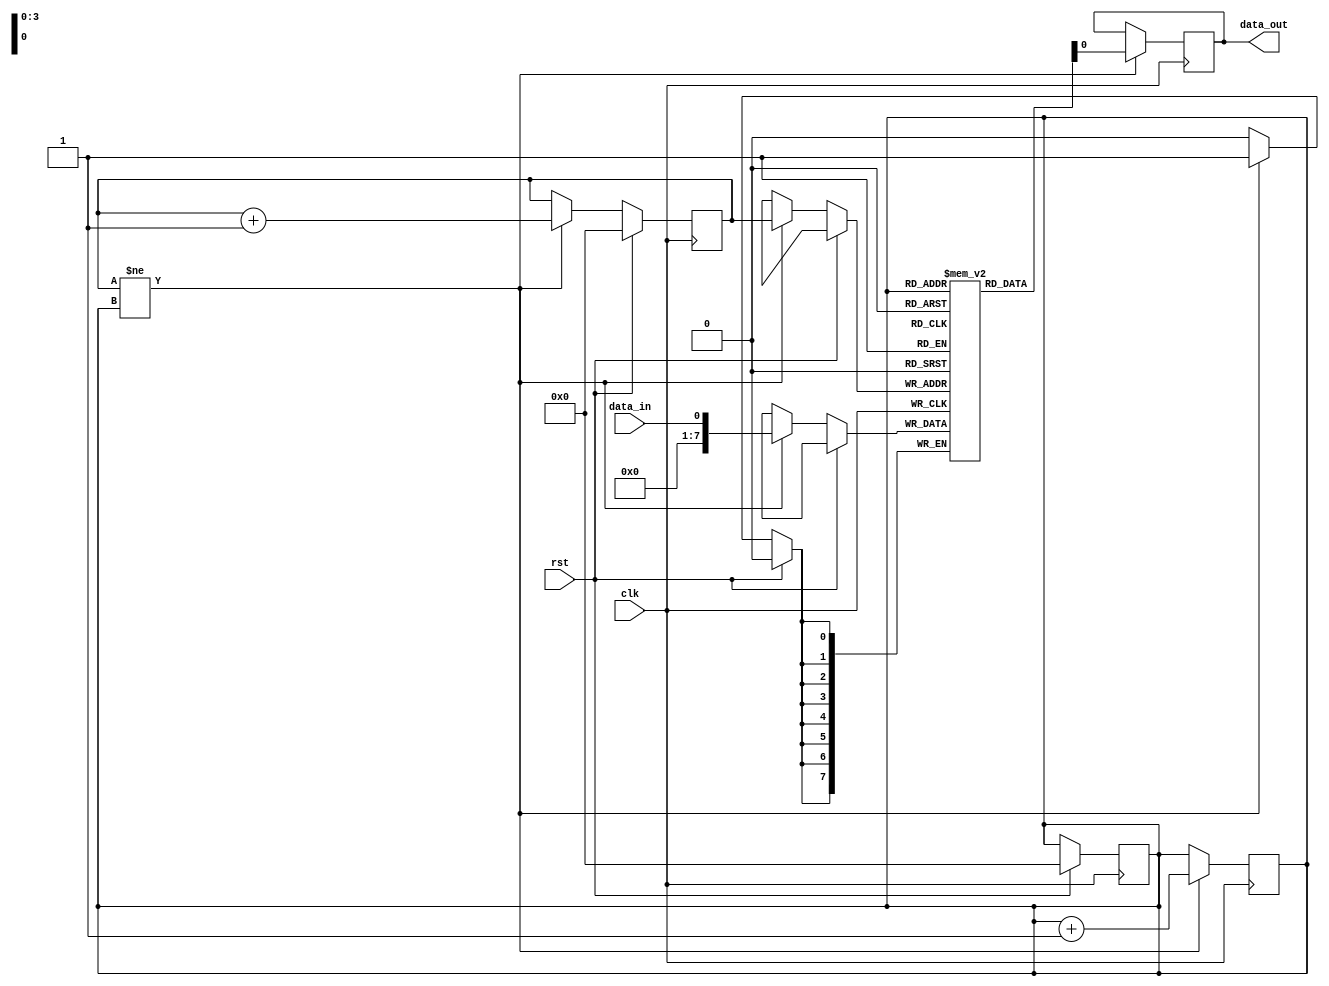
module edge_sensitive_fifo (
    input wire clk,
    input wire rst,
    input wire data_in,
    output reg data_out
);

reg [7:0] fifo_buffer [0:15];
reg [3:0] read_ptr = 0;
reg [3:0] write_ptr = 0;

always @ (posedge clk) begin
    if (rst) begin
        read_ptr <= 0;
        write_ptr <= 0;
    end else begin
        if (write_ptr != read_ptr) begin
            fifo_buffer[write_ptr] <= data_in;
            write_ptr <= write_ptr + 1;
        end
    end
end

always @ (posedge clk) begin
    if (write_ptr != read_ptr) begin
        data_out <= fifo_buffer[read_ptr];
        read_ptr <= read_ptr + 1;
    end
end

endmodule